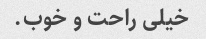
خیلی راحت و خوب.